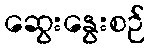
ဆွေးနွေးစဉ်